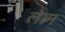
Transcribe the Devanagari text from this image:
लेब्र्म